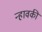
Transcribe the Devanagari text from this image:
न्हावकी